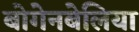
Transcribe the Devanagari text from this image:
बोगेनबेलिया